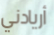
أريادني